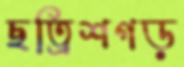
ছত্রিশগড়